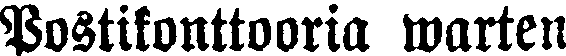
Postikonttooria warten